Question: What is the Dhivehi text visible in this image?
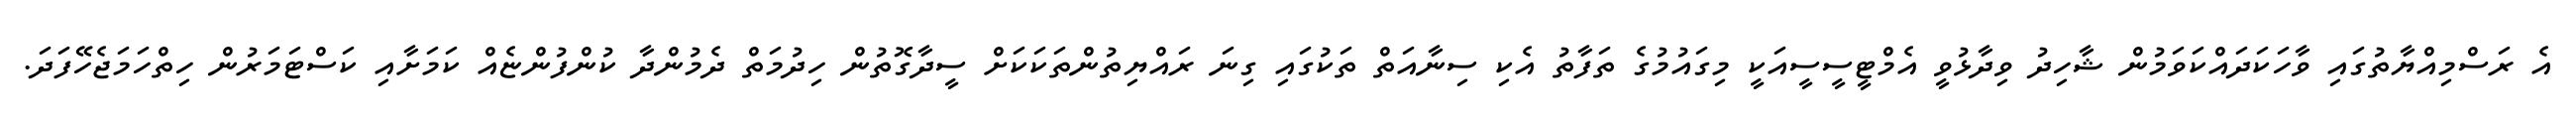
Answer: އެ ރަސްމިއްޔާތުގައި ވާހަކަދައްކަވަމުން ޝާހިދު ވިދާޅުވީ އެމްޓީސީސީއަކީ މިގައުމުގެ ތަފާތު އެކި ސިނާއަތް ތަކުގައި ގިނަ ރައްޔިތުންތަކަކަށް ސީދާގޮތުން ހިދުމަތް ދެމުންދާ ކުންފުންޏެއް ކަމަށާއި ކަސްޓަމަރުން ހިތްހަމަޖެހޭފަދަ.